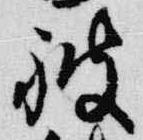
被